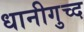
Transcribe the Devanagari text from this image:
धानीगुच्द